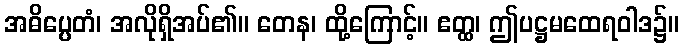
အဓိပ္ပေတံ၊ အလိုရှိအပ်၏။ တေန၊ ထို့ကြောင့်။ ဧတ္ထ၊ ဤပဋ္ဌမထေရဝါဒ၌။